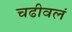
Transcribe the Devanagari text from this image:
चढीवलं